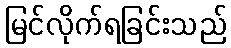
မြင်လိုက်ရခြင်းသည်